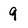
Character: q